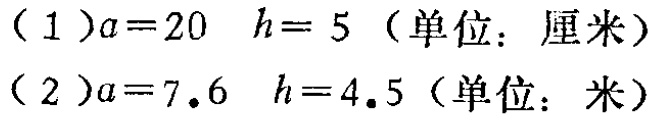
（1）$a = 20\ h = 5$（单位：厘米）

（2）$a = 7.6\ h = 4.5$（单位：米）